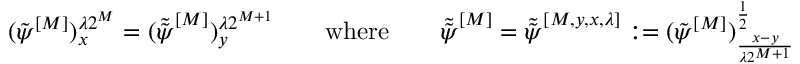
( \tilde { \psi } ^ { [ M ] } ) _ { x } ^ { \lambda 2 ^ { M } } = ( \tilde { \tilde { \psi } } ^ { [ M ] } ) _ { y } ^ { \lambda 2 ^ { M + 1 } } \qquad \mathrm { w h e r e } \qquad \tilde { \tilde { \psi } } ^ { [ M ] } = \tilde { \tilde { \psi } } ^ { [ M , y , x , \lambda ] } : = ( \tilde { \psi } ^ { [ M ] } ) _ { \frac { x - y } { \lambda 2 ^ { M + 1 } } } ^ { \frac { 1 } { 2 } }